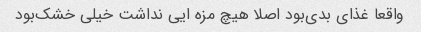
واقعا غذای بدی‌بود اصلا هیچ مزه ایی نداشت خیلی خشک‌بود